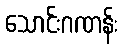
သောင်းဂဏန်း